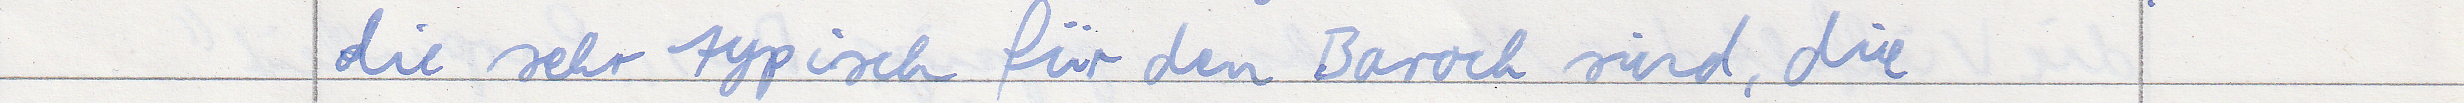
die sehr typisch für den Barock sind, die